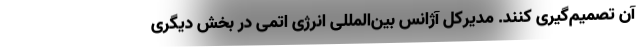
آن تصمیم‌گیری کنند. مدیرکل آژانس بین‌المللی انرژی اتمی در بخش دیگری